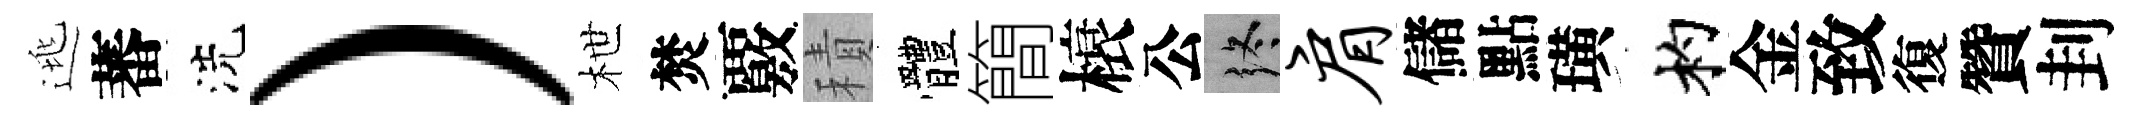
逃蕃洗）枻焚覈積體簡榱公终肩儲點璜杓金致復贊刲